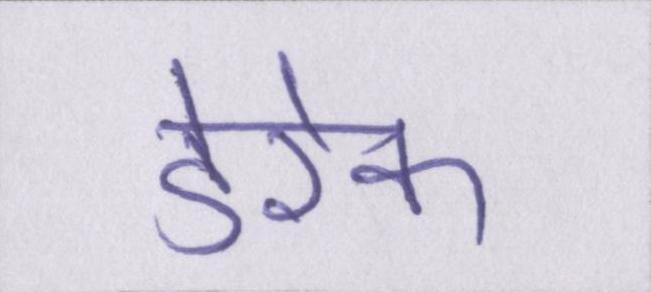
डेरेक